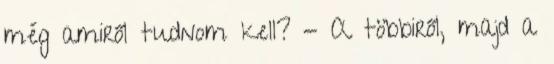
még amiről tudnom kell? - A többiről, majd a